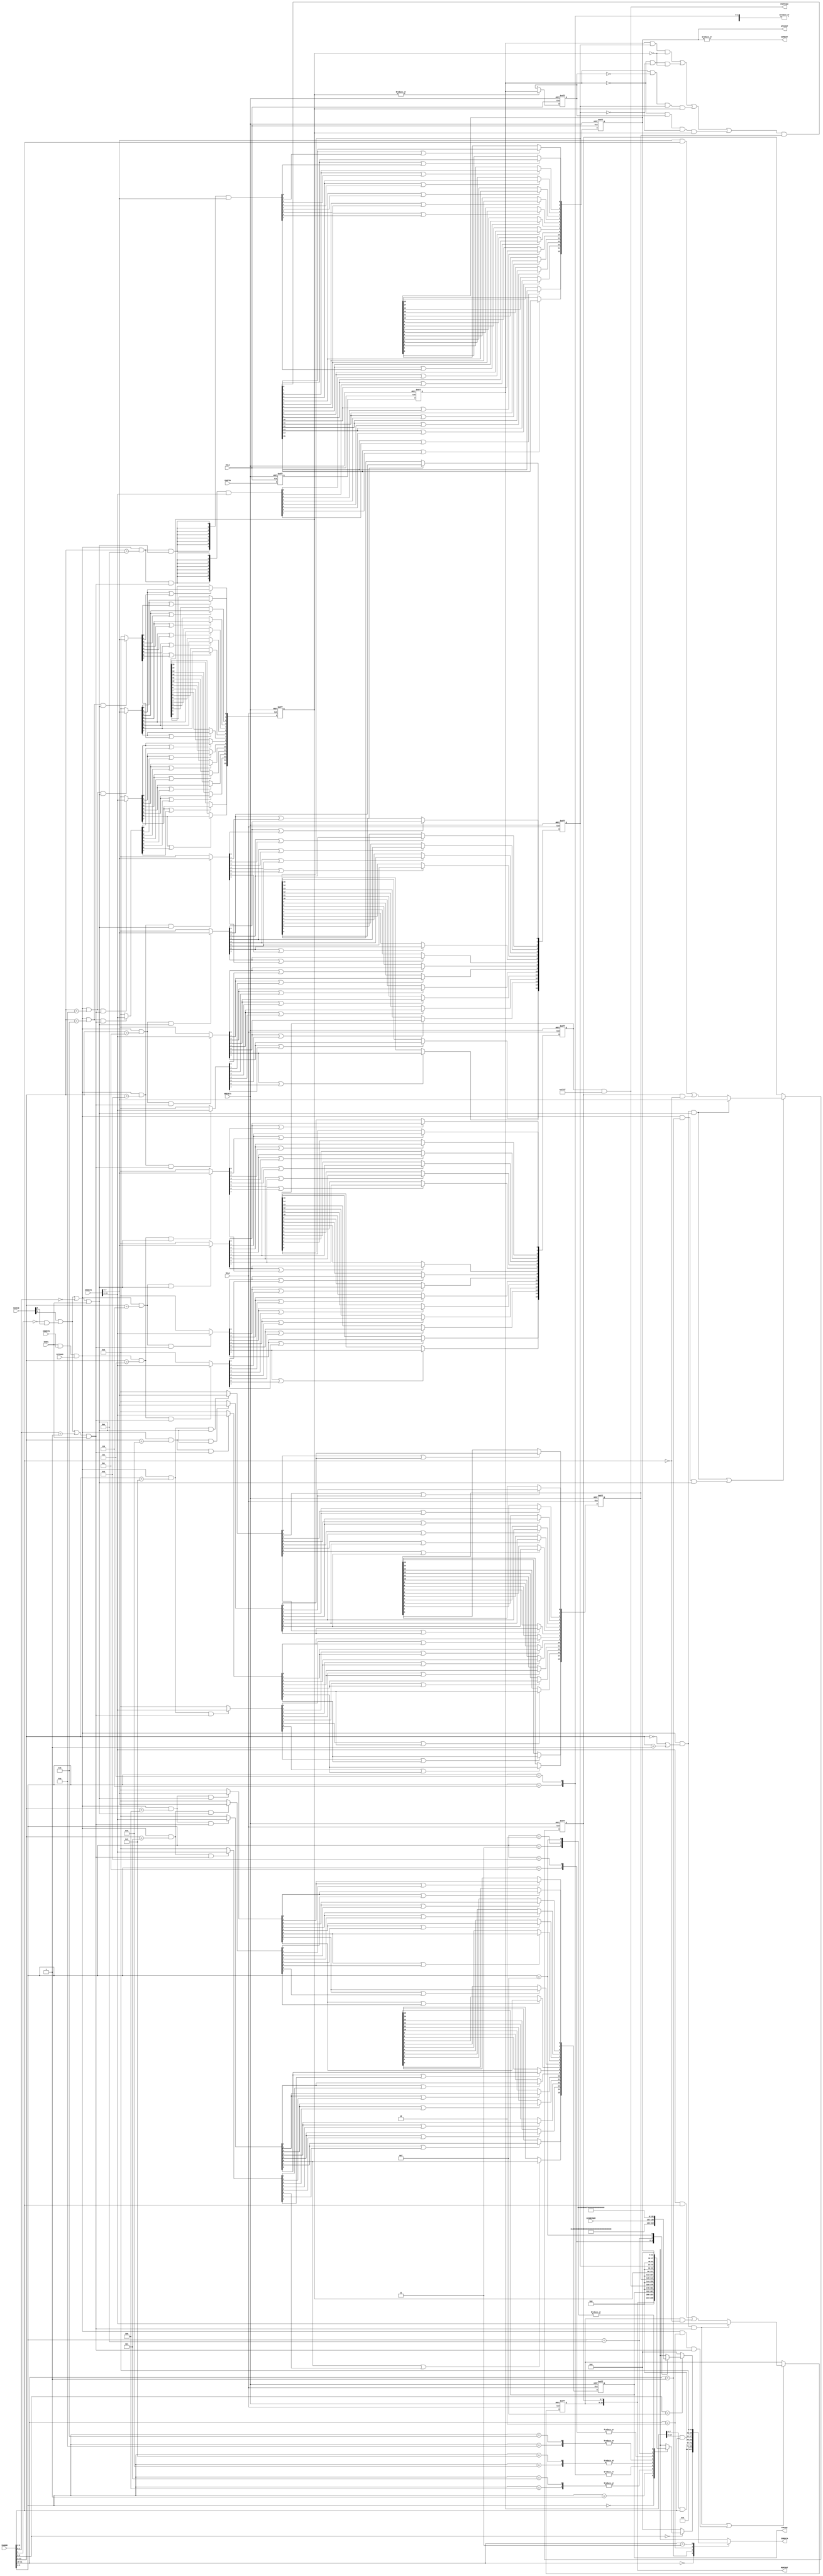
//------------------------------------------------------------------------------
// The confidential and proprietary information contained in this file may
// only be used by a person authorised under and to the extent permitted
// by a subsisting licensing agreement from ARM Limited.
//
//            (C) COPYRIGHT 2010-2015  ARM Limited or its affiliates.
//                ALL RIGHTS RESERVED
//
// This entire notice must be reproduced on all copies of this file
// and copies of this file may only be made by a person if such person is
// permitted to do so under the terms of a subsisting license agreement
// from ARM Limited.
//
//  Version and Release Control Information:
//
//  File Revision       : $Revision: 275084 $
//  File Date           : $Date: 2014-03-27 15:09:11 +0000 (Thu, 27 Mar 2014) $
//
//  Release Information : Cortex-M0 DesignStart-r1p0-00rel0
//------------------------------------------------------------------------------
// Verilog-2001 (IEEE Std 1364-2001)
//------------------------------------------------------------------------------
//
//-----------------------------------------------------------------------------
// Abstract : Simple IOP GPIO
//-----------------------------------------------------------------------------
//-------------------------------------
// Programmer's model
// -------------------------------
// 0x000 RW    Data
// 0x004 RW    Data Output latch
// 0x010 RW    Output Enable Set
// 0x014 RW    Output Enable Clear
// 0x018 RW    Alternate Function Set
// 0x01C RW    Alternate Function Clear
// 0x020 RW    Interrupt Enable Set
// 0x024 RW    Interrupt Enable Clear
// 0x028 RW    Interrupt Type Set
// 0x02C RW    Interrupt Type Clear
// 0x030 RW    Interrupt Polarity Set
// 0x034 RW    Interrupt Polarity Clear
// 0x038 R     Interrupt Status
//       W     Interrupt Status Clear
// 0x400 - 0x7FC : Byte 0 masked access
// 0x800 - 0xBFC : Byte 1 masked access
//-------------------------------------
module cmsdk_iop_gpio
 #(// Parameter to define valid bit pattern for Alternate functions
   // If an I/O pin does not have alternate function its function mask
   // can be set to 0 to reduce gate count.
   //
   // By default every bit can have alternate function
   parameter  ALTERNATE_FUNC_MASK = 16'hFFFF,

   // Default alternate function settings
   parameter  ALTERNATE_FUNC_DEFAULT = 16'h0000,

   // By default use little endian
   parameter  BE                  = 0
  )

// --------------------------------------------------------------------------
// Port Definitions
// --------------------------------------------------------------------------
  (// Inputs
   input wire                  FCLK,       // Free-running clock
   input wire                  HCLK,       // System clock
   input wire                  HRESETn,    // System reset
   input wire                  IOSEL,      // Decode for peripheral
   input wire  [11:0]          IOADDR,     // I/O transfer address
   input wire                  IOWRITE,    // I/O transfer direction
   input wire  [1:0]           IOSIZE,     // I/O transfer size
   input wire                  IOTRANS,    // I/O transaction
   input wire  [31:0]          IOWDATA,    // I/O write data bus

   input wire  [3:0]           ECOREVNUM,  // Engineering-change-order revision bits

   input wire  [15:0]          PORTIN,     // GPIO Interface input

   // Outputs
   output wire [31:0]          IORDATA,    // I/0 read data bus

   output wire [15:0]          PORTOUT,    // GPIO output
   output wire [15:0]          PORTEN,     // GPIO output enable
   output wire [15:0]          PORTFUNC,   // Alternate function control

   output wire [15:0]          GPIOINT,    // Interrupt output for each pin
   output wire                 COMBINT);   // Combined interrupt

// The GPIO width by default is 16-bit, but is coded in a way that it is
// easy to customise the width.
localparam  PortWidth                      = 16;
// Local parameter for IDs, IO PORT GPIO has part number of 820
localparam  ARM_CMSDK_IOP_GPIO_PID0        = {32'h00000020}; // 0xFE0 : PID 0 IOP GPIO part number[7:0]
localparam  ARM_CMSDK_IOP_GPIO_PID1        = {32'h000000B8}; // 0xFE4 : PID 1 [7:4] jep106_id_3_0. [3:0] part number [11:8]
localparam  ARM_CMSDK_IOP_GPIO_PID2        = {32'h0000001B}; // 0xFE8 : PID 2 [7:4] revision, [3] jedec_used. [2:0] jep106_id_6_4
localparam  ARM_CMSDK_IOP_GPIO_PID3        = {32'h00000000}; // 0xFEC : PID 3
localparam  ARM_CMSDK_IOP_GPIO_PID4        = {32'h00000004}; // 0xFD0 : PID 4
localparam  ARM_CMSDK_IOP_GPIO_PID5        = {32'h00000000}; // 0xFD4 : PID 5
localparam  ARM_CMSDK_IOP_GPIO_PID6        = {32'h00000000}; // 0xFD8 : PID 6
localparam  ARM_CMSDK_IOP_GPIO_PID7        = {32'h00000000}; // 0xFDC : PID 7
localparam  ARM_CMSDK_IOP_GPIO_CID0        = {32'h0000000D}; // 0xFF0 : CID 0
localparam  ARM_CMSDK_IOP_GPIO_CID1        = {32'h000000F0}; // 0xFF4 : CID 1 PrimeCell class
localparam  ARM_CMSDK_IOP_GPIO_CID2        = {32'h00000005}; // 0xFF8 : CID 2
localparam  ARM_CMSDK_IOP_GPIO_CID3        = {32'h000000B1}; // 0xFFC : CID 3
//    Note : Customer changing the design should modify
//          - jep106 value (www.jedec.org)
//          - part number (customer define)
//          - Optional revision and modification number (e.g. rXpY)

  // --------------------------------------------------------------------------
  // Internal wires
  // --------------------------------------------------------------------------

  reg    [31:0]          read_mux;
  reg    [31:0]          read_mux_le;

  // Signals for Control registers
  wire   [31:0]          reg_datain32;
  wire   [PortWidth-1:0] reg_datain;
  wire   [PortWidth-1:0] reg_dout;
  wire   [PortWidth-1:0] reg_douten;
  wire   [PortWidth-1:0] reg_altfunc;
  wire   [PortWidth-1:0] reg_inten;    // Interrupt enable
  wire   [PortWidth-1:0] reg_inttype;  // Interrupt edge(1)/level(0)
  wire   [PortWidth-1:0] reg_intpol;   // Interrupt active level
  wire   [PortWidth-1:0] reg_intstat;  // interrupt status

  // interrupt signals
  wire   [PortWidth-1:0] new_raw_int;

  wire                   bigendian;
  reg    [31:0]          IOWDATALE; // Little endian version of IOWDATA

  // Detect a valid write to this slave
  wire        write_trans  = IOSEL & IOWRITE & IOTRANS;

  wire  [1:0] iop_byte_strobe;

  assign bigendian = (BE!=0) ? 1'b1 : 1'b0;

  // Generate byte strobes to allow the GPIO registers to handle different transfer sizes
  assign iop_byte_strobe[0] = (IOSIZE[1] | ((IOADDR[1]==1'b0) & IOSIZE[0]) | (IOADDR[1:0]==2'b00)) & IOSEL;
  assign iop_byte_strobe[1] = (IOSIZE[1] | ((IOADDR[1]==1'b0) & IOSIZE[0]) | (IOADDR[1:0]==2'b01)) & IOSEL;

  // Read operation
  always @(IOADDR or reg_datain32 or reg_dout or reg_douten or
    reg_altfunc or reg_inten or reg_inttype or reg_intpol or
    reg_intstat or ECOREVNUM)
  begin
  case (IOADDR[11:10])
    2'b00: begin
           if (IOADDR[9:6]==4'h0)
             case (IOADDR[5:2])
              4'h0      : read_mux_le = reg_datain32;
              4'h1      : read_mux_le = {{32-PortWidth{1'b0}}, reg_dout};
              4'h2, 4'h3: read_mux_le = {32{1'b0}};
              4'h4, 4'h5: read_mux_le = {{32-PortWidth{1'b0}}, reg_douten };
              4'h6, 4'h7: read_mux_le = {{32-PortWidth{1'b0}}, reg_altfunc};
              4'h8, 4'h9: read_mux_le = {{32-PortWidth{1'b0}}, reg_inten  };
              4'hA, 4'hB: read_mux_le = {{32-PortWidth{1'b0}}, reg_inttype};
              4'hC, 4'hD: read_mux_le = {{32-PortWidth{1'b0}}, reg_intpol };
              4'hE      : read_mux_le = {{32-PortWidth{1'b0}}, reg_intstat};
              4'hF      : read_mux_le = {32{1'b0}};
              default: read_mux_le = {32{1'bx}}; // X-propagation if address is X
             endcase
           else
             read_mux_le = {32{1'b0}};
           end
    2'b01: begin
           // lower byte mask read
           read_mux_le = {{24{1'b0}}, (reg_datain32[7:0] & IOADDR[9:2])};
           end
    2'b10: begin
           // upper byte mask read
           read_mux_le = {{16{1'b0}}, (reg_datain32[15:8] & IOADDR[9:2]), {8{1'b0}}};
           end
    2'b11: begin
           if (IOADDR[9:6]==4'hF) // Peripheral IDs and Component IDs.
             case (IOADDR[5:2])   // IOP GPIO has part number of 820
              4'h0, 4'h1,
              4'h2, 4'h3: read_mux_le = {32{1'b0}};   // 0xFC0-0xFCC : not used
              4'h4      : read_mux_le = ARM_CMSDK_IOP_GPIO_PID4; // 0xFD0 : PID 4
              4'h5      : read_mux_le = ARM_CMSDK_IOP_GPIO_PID5; // 0xFD4 : PID 5
              4'h6      : read_mux_le = ARM_CMSDK_IOP_GPIO_PID6; // 0xFD8 : PID 6
              4'h7      : read_mux_le = ARM_CMSDK_IOP_GPIO_PID7; // 0xFDC : PID 7
              4'h8      : read_mux_le = ARM_CMSDK_IOP_GPIO_PID0; // 0xFE0 : PID 0 AHB GPIO part number[7:0]
              4'h9      : read_mux_le = ARM_CMSDK_IOP_GPIO_PID1;
                          // 0xFE0 : PID 1 [7:4] jep106_id_3_0. [3:0] part number [11:8]
              4'hA      : read_mux_le = ARM_CMSDK_IOP_GPIO_PID2;
                          // 0xFE0 : PID 2 [7:4] revision, [3] jedec_used. [2:0] jep106_id_6_4
              4'hB      : read_mux_le = {ARM_CMSDK_IOP_GPIO_PID3[31:8],ECOREVNUM[3:0], 4'h0};
                          // 0xFE0  PID 3 [7:4] ECO revision, [3:0] modification number
              4'hC      : read_mux_le = ARM_CMSDK_IOP_GPIO_CID0; // 0xFF0 : CID 0
              4'hD      : read_mux_le = ARM_CMSDK_IOP_GPIO_CID1; // 0xFF4 : CID 1 PrimeCell class
              4'hE      : read_mux_le = ARM_CMSDK_IOP_GPIO_CID2; // 0xFF8 : CID 2
              4'hF      : read_mux_le = ARM_CMSDK_IOP_GPIO_CID3; // 0xFFC : CID 3
              default: read_mux_le = {32{1'bx}}; // X-propagation if address is X
             endcase
           // Note : Customer changing the design should modify
           // - jep106 value (www.jedec.org)
           // - part number (customer define)
           // - Optional revision and modification number (e.g. rXpY)
           else
             read_mux_le = {32{1'b0}};
           end
    default: begin
           read_mux_le = {32{1'bx}}; // X-propagation if address is X
           end
  endcase
  end

  // endian conversion
  always @(bigendian or IOSIZE or read_mux_le or IOWDATA)
  begin
    if ((bigendian)&(IOSIZE==2'b10))
      begin
      read_mux = {read_mux_le[ 7: 0],read_mux_le[15: 8],
                  read_mux_le[23:16],read_mux_le[31:24]};
      IOWDATALE = {IOWDATA[ 7: 0],IOWDATA[15: 8],IOWDATA[23:16],IOWDATA[ 31:24]};
      end
    else if ((bigendian)&(IOSIZE==2'b01))
      begin
      read_mux = {read_mux_le[23:16],read_mux_le[31:24],
                  read_mux_le[ 7: 0],read_mux_le[15: 8]};
      IOWDATALE = {IOWDATA[23:16],IOWDATA[ 31:24],IOWDATA[ 7: 0],IOWDATA[15: 8]};
      end
    else
      begin
      read_mux = read_mux_le;
      IOWDATALE = IOWDATA;
      end
  end

  // ----------------------------------------------------------
  // Synchronize input with double stage flip-flops
  // ----------------------------------------------------------
  // Signals for input double flop-flop synchroniser
  reg    [PortWidth-1:0] reg_in_sync1;
  reg    [PortWidth-1:0] reg_in_sync2;

  always @(posedge FCLK or negedge HRESETn)
  begin
    if (~HRESETn)
      begin
      reg_in_sync1 <= {PortWidth{1'b0}};
      reg_in_sync2 <= {PortWidth{1'b0}};
      end
    else
      begin
      reg_in_sync1 <= PORTIN;
      reg_in_sync2 <= reg_in_sync1;
      end
  end

  assign reg_datain = reg_in_sync2;
  // format to 32-bit for data read
  assign reg_datain32 = {{32-PortWidth{1'b0}},reg_datain};

  // ----------------------------------------------------------
  // Data Output register
  // ----------------------------------------------------------
  wire [32:0] current_dout_padded;
  wire [PortWidth-1:0] nxt_dout_padded;
  reg  [PortWidth-1:0] reg_dout_padded;
  wire        reg_dout_normal_write0;
  wire        reg_dout_normal_write1;
  wire        reg_dout_masked_write0;
  wire        reg_dout_masked_write1;

  assign      reg_dout_normal_write0 = write_trans &
              ((IOADDR[11:2]  == 10'h000)|(IOADDR[11:2]  == 10'h001)) & iop_byte_strobe[0];
  assign      reg_dout_normal_write1 = write_trans &
              ((IOADDR[11:2]  == 10'h000)|(IOADDR[11:2]  == 10'h001)) & iop_byte_strobe[1];
  assign      reg_dout_masked_write0 = write_trans &
              (IOADDR[11:10] == 2'b01) & iop_byte_strobe[0];
  assign      reg_dout_masked_write1 = write_trans &
              (IOADDR[11:10] == 2'b10) & iop_byte_strobe[1];

  // padding to 33-bit for easier coding
  assign current_dout_padded = {{(33-PortWidth){1'b0}},reg_dout};

  // byte #0
  assign nxt_dout_padded[7:0] = // simple write
     (reg_dout_normal_write0) ? IOWDATALE[7:0] :
     // write lower byte with bit mask
     ((IOWDATALE[7:0] & IOADDR[9:2])|(current_dout_padded[7:0] & (~(IOADDR[9:2]))));

  // byte #0 registering stage
  always @(posedge HCLK or negedge HRESETn)
  begin
    if (~HRESETn)
      reg_dout_padded[7:0] <= 8'h00;
    else if (reg_dout_normal_write0 | reg_dout_masked_write0)
      reg_dout_padded[7:0] <= nxt_dout_padded[7:0];
  end

  // byte #1
  assign nxt_dout_padded[15:8] = // simple write
     (reg_dout_normal_write1) ? IOWDATALE[15:8] :
     // write higher byte with bit mask
     ((IOWDATALE[15:8] & IOADDR[9:2])|(current_dout_padded[15:8] & (~(IOADDR[9:2]))));

  // byte #1 registering stage
  always @(posedge HCLK or negedge HRESETn)
  begin
    if (~HRESETn)
      reg_dout_padded[15:8] <= 8'h00;
    else if (reg_dout_normal_write1 | reg_dout_masked_write1)
      reg_dout_padded[15:8] <= nxt_dout_padded[15:8];
  end

  assign reg_dout[PortWidth-1:0] = reg_dout_padded[PortWidth-1:0];


  // ----------------------------------------------------------
  // Output enable register
  // ----------------------------------------------------------

  reg     [PortWidth-1:0] reg_douten_padded;
  integer                 loop1;              // loop variable for register
  wire    [PortWidth-1:0] reg_doutenclr;
  wire    [PortWidth-1:0] reg_doutenset;


  assign    reg_doutenset[7:0]   = ((write_trans == 1'b1) & (IOADDR[11:2]  == 10'h004)
                                   & (iop_byte_strobe[0] == 1'b1)) ?  IOWDATALE[7:0] : {8{1'b0}};

  assign    reg_doutenset[15:8]  = ((write_trans == 1'b1) & (IOADDR[11:2]  == 10'h004)
                                   & (iop_byte_strobe[1] == 1'b1)) ? IOWDATALE[15:8] : {8{1'b0}};

  assign    reg_doutenclr[7:0]   = ((write_trans == 1'b1) & (IOADDR[11:2]  == 10'h005)
                                   & (iop_byte_strobe[0] == 1'b1)) ? IOWDATALE[7:0] : {8{1'b0}};

  assign    reg_doutenclr[15:8]  = ((write_trans == 1'b1) & (IOADDR[11:2]  == 10'h005)
                                   & (iop_byte_strobe[1] == 1'b1)) ? IOWDATALE[15:8] : {8{1'b0}};


  // registering stage
  always @(posedge HCLK or negedge HRESETn)
  begin
    if (~HRESETn)
      reg_douten_padded <= {PortWidth{1'b0}};
    else
      for (loop1 = 0; loop1 < PortWidth; loop1 = loop1 + 1)
      begin
        if (reg_doutenset[loop1] | reg_doutenclr[loop1])
          reg_douten_padded[loop1] <= reg_doutenset[loop1];
      end
  end

  assign reg_douten[PortWidth-1:0] = reg_douten_padded[PortWidth-1:0];


  // ----------------------------------------------------------
  // Alternate function register
  // ----------------------------------------------------------


  reg  [PortWidth-1:0] reg_altfunc_padded;
  integer              loop2;              // loop variable for register
  wire [PortWidth-1:0] reg_altfuncset;
  wire [PortWidth-1:0] reg_altfuncclr;

  assign  reg_altfuncset[7:0]  =  ((write_trans == 1'b1) & (IOADDR[11:2]  == 10'h006)
                                  & (iop_byte_strobe[0] == 1'b1)) ? IOWDATALE[7:0] : {8{1'b0}};

  assign  reg_altfuncset[15:8] =  ((write_trans == 1'b1) & (IOADDR[11:2]  == 10'h006)
                                  & (iop_byte_strobe[1] == 1'b1)) ? IOWDATALE[15:8] : {8{1'b0}};

  assign  reg_altfuncclr[7:0]  =  ((write_trans  == 1'b1) & (IOADDR[11:2]  == 10'h007)
                                  & (iop_byte_strobe[0] == 1'b1)) ? IOWDATALE[7:0] : {8{1'b0}};

  assign  reg_altfuncclr[15:8] =  ((write_trans  == 1'b1) & (IOADDR[11:2]  == 10'h007)
                                  & (iop_byte_strobe[1] == 1'b1)) ? IOWDATALE[15:8] : {8{1'b0}};


  // registering stage
  always @(posedge HCLK or negedge HRESETn)
  begin
    if (~HRESETn)
      reg_altfunc_padded <= ALTERNATE_FUNC_DEFAULT;
    else
      for(loop2 = 0; loop2 < PortWidth; loop2 = loop2 + 1)
    begin
        if (reg_altfuncset[loop2] | reg_altfuncclr[loop2])
          reg_altfunc_padded[loop2] <= reg_altfuncset[loop2];
      end
  end

  assign reg_altfunc[PortWidth-1:0] = reg_altfunc_padded[PortWidth-1:0] & ALTERNATE_FUNC_MASK;


  // ----------------------------------------------------------
  // Interrupt enable register
  // ----------------------------------------------------------

  reg  [PortWidth-1:0] reg_inten_padded;
  integer              loop3;              // loop variable for register
  wire [PortWidth-1:0] reg_intenset;
  wire [PortWidth-1:0] reg_intenclr;

  assign  reg_intenset[7:0]    =   ((write_trans  == 1'b1) & (IOADDR[11:2]  == 10'h008)
                                   & (iop_byte_strobe[0] == 1'b1)) ? IOWDATALE[7:0] : {8{1'b0}};

  assign  reg_intenset[15:8]   =  ((write_trans  == 1'b1) & (IOADDR[11:2]  == 10'h008)
                                  & (iop_byte_strobe[1] == 1'b1)) ? IOWDATALE[15:8] : {8{1'b0}};

  assign  reg_intenclr[7:0]    =  ((write_trans  == 1'b1) & (IOADDR[11:2]  == 10'h009)
                                  & (iop_byte_strobe[0] == 1'b1)) ? IOWDATALE[7:0] : {8{1'b0}};

  assign  reg_intenclr[15:8]   =  ((write_trans  == 1'b1) & (IOADDR[11:2]  == 10'h009)
                                  & (iop_byte_strobe[1] == 1'b1)) ? IOWDATALE[15:8] : {8{1'b0}};


  // registering stage
  always @(posedge HCLK or negedge HRESETn)
  begin
    if (~HRESETn)
      reg_inten_padded <= {PortWidth{1'b0}};
    else
      for(loop3 = 0; loop3 < PortWidth; loop3 = loop3 + 1)
      begin
        if (reg_intenclr[loop3] | reg_intenset[loop3])
        reg_inten_padded[loop3] <= reg_intenset[loop3];
      end
  end

  assign reg_inten[PortWidth-1:0] = reg_inten_padded[PortWidth-1:0];


  // ----------------------------------------------------------
  // Interrupt Type register
  // ----------------------------------------------------------

  reg  [PortWidth-1:0] reg_inttype_padded;
  integer              loop4;              // loop variable for register
  wire [PortWidth-1:0] reg_inttypeset;
  wire [PortWidth-1:0] reg_inttypeclr;

  assign  reg_inttypeset[7:0]  =  ((write_trans  == 1'b1) & (IOADDR[11:2]  == 10'h00A)
                                  & (iop_byte_strobe[0] == 1'b1)) ? IOWDATALE[7:0] : {8{1'b0}};

  assign  reg_inttypeset[15:8] =  ((write_trans  == 1'b1) & (IOADDR[11:2]  == 10'h00A)
                                  & (iop_byte_strobe[1] == 1'b1)) ? IOWDATALE[15:8] : {8{1'b0}};

  assign  reg_inttypeclr[7:0]  =  ((write_trans  == 1'b1) & (IOADDR[11:2]  == 10'h00B)
                                  & (iop_byte_strobe[0] == 1'b1)) ? IOWDATALE[7:0] : {8{1'b0}};

  assign  reg_inttypeclr[15:8] =  ((write_trans  == 1'b1) & (IOADDR[11:2]  == 10'h00B)
                                  & (iop_byte_strobe[1] == 1'b1)) ? IOWDATALE[15:8] : {8{1'b0}};


  // registering stage
  always @(posedge HCLK or negedge HRESETn)
  begin
    if (~HRESETn)
      reg_inttype_padded <= {PortWidth{1'b0}};
    else
    for(loop4 = 0; loop4 < PortWidth; loop4 = loop4 + 1)
    begin
      if (reg_inttypeset[loop4] | reg_inttypeclr[loop4])
        reg_inttype_padded[loop4] <= reg_inttypeset[loop4];
      end
  end

  assign reg_inttype[PortWidth-1:0] = reg_inttype_padded[PortWidth-1:0];


  // ----------------------------------------------------------
  // Interrupt Polarity register
  // ----------------------------------------------------------


  reg  [PortWidth-1:0] reg_intpol_padded;
  integer              loop5;              // loop variable for register
  wire [PortWidth-1:0] reg_intpolset;
  wire [PortWidth-1:0] reg_intpolclr;

  assign  reg_intpolset[7:0]   =  ((write_trans  == 1'b1) & (IOADDR[11:2]  == 10'h00C)
                                  & (iop_byte_strobe[0] == 1'b1)) ? IOWDATALE[7:0] : {8{1'b0}};

  assign  reg_intpolset[15:8]  =  ((write_trans  == 1'b1) & (IOADDR[11:2]  == 10'h00C)
                                  & (iop_byte_strobe[1] == 1'b1)) ? IOWDATALE[15:8] : {8{1'b0}};

  assign  reg_intpolclr[7:0]   =  ((write_trans  == 1'b1) & (IOADDR[11:2]  == 10'h00D)
                                  & (iop_byte_strobe[0] == 1'b1)) ? IOWDATALE[7:0] : {8{1'b0}};

  assign  reg_intpolclr[15:8]  =  ((write_trans  == 1'b1) & (IOADDR[11:2]  == 10'h00D)
                                  & (iop_byte_strobe[1] == 1'b1)) ? IOWDATALE[15:8] : {8{1'b0}};

  // registering stage
  always @(posedge HCLK or negedge HRESETn)
  begin
    if (~HRESETn)
      reg_intpol_padded <= {PortWidth{1'b0}};
    else
    for(loop5 = 0; loop5 < PortWidth; loop5 = loop5 + 1)
      begin
      if (reg_intpolset[loop5] | reg_intpolclr[loop5])
          reg_intpol_padded[loop5] <= reg_intpolset[loop5];
      end
  end

  assign reg_intpol[PortWidth-1:0] = reg_intpol_padded[PortWidth-1:0];


  // ----------------------------------------------------------
  // Interrupt status/clear register
  // ----------------------------------------------------------

  reg  [PortWidth-1:0]  reg_intstat_padded;
  integer               loop6;              // loop variable for register
  wire [PortWidth-1:0]  reg_intclr_padded;
  wire                  reg_intclr_normal_write0;
  wire                  reg_intclr_normal_write1;

  wire [PortWidth-1:0]  new_masked_int;

  assign      reg_intclr_normal_write0 = write_trans &
              (IOADDR[11:2]  == 10'h00E) & iop_byte_strobe[0];
  assign      reg_intclr_normal_write1 = write_trans &
              (IOADDR[11:2]  == 10'h00E) & iop_byte_strobe[1];

  assign      reg_intclr_padded[ 7:0] = {8{reg_intclr_normal_write0}} & IOWDATALE[ 7:0];
  assign      reg_intclr_padded[15:8] = {8{reg_intclr_normal_write1}} & IOWDATALE[15:8];

  assign      new_masked_int[PortWidth-1:0] = new_raw_int[PortWidth-1:0] & reg_inten[PortWidth-1:0];

  // registering stage
  always @(posedge FCLK or negedge HRESETn)
  begin
    if (~HRESETn)
      reg_intstat_padded <= {PortWidth{1'b0}};
    else
      for (loop6=0;loop6<PortWidth;loop6=loop6+1)
        begin
        if (new_masked_int[loop6] | reg_intclr_padded[loop6])
          reg_intstat_padded[loop6] <= new_masked_int[loop6];
        end
  end

  assign reg_intstat[PortWidth-1:0] = reg_intstat_padded[PortWidth-1:0];

  // ----------------------------------------------------------
  // Interrupt generation
  // ----------------------------------------------------------
  // reg_datain is the synchronized input

  reg   [PortWidth-1:0] reg_last_datain; // last state of synchronized input
  wire  [PortWidth-1:0] high_level_int;
  wire  [PortWidth-1:0] low_level_int;
  wire  [PortWidth-1:0] rise_edge_int;
  wire  [PortWidth-1:0] fall_edge_int;

  // Last input state for edge detection
  always @(posedge FCLK or negedge HRESETn)
  begin
    if (~HRESETn)
      reg_last_datain <= {PortWidth{1'b0}};
    else  if (|reg_inttype)
      reg_last_datain <= reg_datain;
  end

  assign high_level_int =   reg_datain  &                        reg_intpol  & (~reg_inttype);
  assign low_level_int  = (~reg_datain) &                      (~reg_intpol) & (~reg_inttype);
  assign rise_edge_int  =   reg_datain  & (~reg_last_datain) &   reg_intpol  &   reg_inttype;
  assign fall_edge_int  = (~reg_datain) &   reg_last_datain  & (~reg_intpol) &   reg_inttype;
  assign new_raw_int    = high_level_int | low_level_int | rise_edge_int | fall_edge_int;

  // ----------------------------------------------------------
  // Output to external
  // ----------------------------------------------------------
  assign PORTOUT = reg_dout;
  assign PORTEN  = reg_douten;
  assign PORTFUNC = reg_altfunc;

  assign IORDATA   = read_mux;

  // Connect interrupt signal to top level
  assign GPIOINT = reg_intstat;
  assign COMBINT = (|reg_intstat);

 // --------------------------------------------------------------------------------
 // Assertion properties
 // --------------------------------------------------------------------------------

`ifdef ARM_AHB_ASSERT_ON
`include "std_ovl_defines.h"

  // OVL Registers for the IOADDR and control signals
  reg[11:0]    ovl_ioaddr_d;
  reg          ovl_iotrans_d;
  reg[1:0]     ovl_iosize_d;

  // OVL Registers for internal GPIO registers
  reg[PortWidth-1:0]    ovl_reg_douten_d;
  reg[PortWidth-1:0]    ovl_reg_altfunc_d;
  reg[PortWidth-1:0]    ovl_reg_inten_d;
  reg[PortWidth-1:0]    ovl_reg_inttype_d;
  reg[PortWidth-1:0]    ovl_reg_intpol_d;
  reg[PortWidth-1:0]    ovl_reg_intstat_d;

  reg                   ovl_reg_intclr_write1_d;
  reg                   ovl_reg_intclr_write0_d;
  wire[PortWidth-1:0]   ovl_reg_intclr_wr_d_msk;

  reg[PortWidth-1:0]    ovl_iowdata_d;      //Update based on HCLK
  reg[PortWidth-1:0]    ovl_iowdata_fclk_d; //Update based on FCLK
  reg[31:0]             ovl_iowdatale;

  reg[PortWidth-1:0]    ovl_portout_d;

  reg [1:0]             ovl_iop_byte_strobe_d;

  reg[PortWidth-1:0]    ovl_new_masked_int_d;

  wire         ovl_gpio_wr =(IOSEL == 1'b1) & (IOTRANS) & (IOWRITE ==1'b1);
  wire         ovl_gpio_rd =(IOSEL == 1'b1) & (IOTRANS) & (IOWRITE ==1'b0);

  // Register the internal register value
  always @(posedge HCLK or negedge HRESETn)
  begin
    if (~HRESETn) begin
      ovl_reg_douten_d  <= {PortWidth{1'b0}};
      ovl_reg_altfunc_d <= {PortWidth{1'b0}};
      ovl_reg_inten_d   <= {PortWidth{1'b0}};
      ovl_reg_inttype_d <= {PortWidth{1'b0}};
      ovl_reg_intpol_d  <= {PortWidth{1'b0}};
    end
    else begin
      ovl_reg_douten_d  <= reg_douten;
      ovl_reg_altfunc_d <= reg_altfunc;
      ovl_reg_inten_d   <= reg_inten;
      ovl_reg_inttype_d <= reg_inttype;
      ovl_reg_intpol_d  <= reg_intpol;
    end
  end

  // Register the int state register related signals
  always @ (posedge FCLK or negedge HRESETn)
  begin
    if (~HRESETn) begin
       ovl_reg_intstat_d <= {PortWidth{1'b0}};
       ovl_reg_intclr_write1_d <= 1'b0;
       ovl_reg_intclr_write0_d <= 1'b0;
    end
    else begin
       ovl_reg_intstat_d <= reg_intstat;
       ovl_reg_intclr_write1_d <= reg_intclr_normal_write1;
       ovl_reg_intclr_write0_d <= reg_intclr_normal_write0;
    end
  end

  assign   ovl_reg_intclr_wr_d_msk =  {{8{ovl_reg_intclr_write1_d}},{8{ovl_reg_intclr_write0_d}}};

  // Register the write data
  always @(posedge HCLK or negedge HRESETn)
  begin
    if (~HRESETn)
      ovl_iowdata_d <= {PortWidth{1'b0}};
    else if (ovl_gpio_wr)
      ovl_iowdata_d <= ovl_iowdatale[PortWidth-1:0];
  end

  // Register the write data using FCLK, for interrupt state register assertion
  always @(posedge FCLK or negedge HRESETn)
  begin
    if (~HRESETn)
      ovl_iowdata_fclk_d <= {PortWidth{1'b0}};
    else if (ovl_gpio_wr)
      ovl_iowdata_fclk_d <= ovl_iowdatale[PortWidth-1:0];
  end

 // Register the IO Port control signals
 always @(posedge HCLK or negedge HRESETn)
  begin
    if (~HRESETn) begin
      ovl_ioaddr_d  <= 12'b0;
      ovl_iotrans_d <= 1'b0;
      ovl_iosize_d  <= 2'b0;
    end
    else begin
      ovl_ioaddr_d  <= IOADDR;
      ovl_iotrans_d <= IOTRANS;
      ovl_iosize_d  <= IOSIZE[1:0];
    end
  end

  // IOWDATA endian conversion
  always @(bigendian or IOSIZE or IOWDATA)
  begin
    if ((bigendian)&(IOSIZE==2'b10))
      begin
      ovl_iowdatale = {IOWDATA[ 7: 0],IOWDATA[15: 8],IOWDATA[23:16],IOWDATA[ 31:24]};
      end
    else if ((bigendian)&(IOSIZE==2'b01))
      begin
      ovl_iowdatale = {IOWDATA[23:16],IOWDATA[ 31:24],IOWDATA[ 7: 0],IOWDATA[15: 8]};
      end
    else
      begin
      ovl_iowdatale = IOWDATA;
      end
  end

  // Register the data output
  always @(posedge HCLK or negedge HRESETn)
  begin
    if (~HRESETn) begin
      ovl_portout_d  <= {PortWidth{1'b0}};
    end
    else begin
      ovl_portout_d <= PORTOUT;
    end
  end

 // Register the byte_strobe signal
 always @(posedge HCLK or negedge HRESETn)
  begin
    if (~HRESETn) begin
       ovl_iop_byte_strobe_d  <= 2'b0;
    end
    else begin
       ovl_iop_byte_strobe_d  <= iop_byte_strobe;
    end
  end

  wire[15:0] ovl_iop_byte_strobe_d_msk ={{8{ovl_iop_byte_strobe_d[1]}},{8{ovl_iop_byte_strobe_d[0]}}};

 // Register the int signal
 always @(posedge FCLK or negedge HRESETn)
  begin
    if (~HRESETn) begin
        ovl_new_masked_int_d <= {PortWidth{1'b0}};
    end
    else begin
        ovl_new_masked_int_d <= new_masked_int;
    end
  end


  // Check after asserting I/O write, the GPIO output should be valid in the next cycle.
  // Depending on the write type (normal or mask), the output data is checked against
  // the ovl_iowdata_d

  // For normal write, lower 8 bits
  assert_next
  #(`OVL_ERROR, 1,1,0,
    `OVL_ASSERT,
    "Write data should be valid on output 1 cycle after IOP write transaction"
    )
  u_ovl_gpio_write_delay_low
  (.clk         ( HCLK ),
   .reset_n     (HRESETn),
   .start_event (ovl_gpio_wr  &  //write operation
                 ((IOADDR[11:2]==10'h000) | (IOADDR[11:2]==10'h001)) & //data register, normal write
                 iop_byte_strobe[0] //lower 8 bits
                 ),
   .test_expr   (
                 PORTOUT[7:0] == ovl_iowdata_d[7:0]
                 )
   );

  // For normal write, higher 8 bits
  assert_next
  #(`OVL_ERROR, 1,1,0,
    `OVL_ASSERT,
    "Write data should be valid on output 1 cycle after IOP write transaction"
    )
  u_ovl_gpio_write_delay_high
  (.clk         ( HCLK ),
   .reset_n     (HRESETn),
   .start_event (ovl_gpio_wr &  //write operation
                 ((IOADDR[11:2]==10'h000) | (IOADDR[11:2]==10'h001)) & //data register, normal write
                 iop_byte_strobe[1] //higher 8 bits
                 ),
   .test_expr   (
                 PORTOUT[15:8] == ovl_iowdata_d[15:8]
                 )
   );

  // For normal write, 16 bits
  assert_next
  #(`OVL_ERROR, 1,1,0,
    `OVL_ASSERT,
    "Write data should be valid on output 1 cycle after IOP write transaction"
    )
  u_ovl_gpio_write_delay_both
  (.clk         ( HCLK ),
   .reset_n     (HRESETn),
   .start_event (ovl_gpio_wr &  //write operation
                 ((IOADDR[11:2]==10'h000) | (IOADDR[11:2]==10'h001)) & //data register, normal write
                 iop_byte_strobe[0] &//lower 8 bits
                 iop_byte_strobe[1]  //higher 8 bits
                 ),
   .test_expr   (
                 PORTOUT[15:0] == ovl_iowdata_d[15:0]
                 )
   );

  // For mask write, lower 8 bits
  assert_next
  #(`OVL_ERROR, 1,1,0,
    `OVL_ASSERT,
    "Write data should be valid on output 1 cycle after IOP write transaction"
    )
  u_ovl_gpio_write_delay_msk_low
  (.clk         ( HCLK ),
   .reset_n     (HRESETn),
   .start_event (ovl_gpio_wr &  //write operation
                 (IOADDR[11:10]==2'b01)  & //data register, mask write, lower 8 bit
                 iop_byte_strobe[0] //lower 8 bits
                 ),
   .test_expr   (
                 PORTOUT[7:0] == ((ovl_iowdata_d[7:0] & ovl_ioaddr_d[9:2]) |(PORTOUT[7:0] & (~ovl_ioaddr_d[9:2])))
                 )
   );

  // For mask write, higher 8 bits
  assert_next
  #(`OVL_ERROR, 1,1,0,
    `OVL_ASSERT,
    "Write data should be valid on output 1 cycle after IOP write transaction"
    )
  u_ovl_gpio_write_delay_msk_high
  (.clk         ( HCLK ),
   .reset_n     (HRESETn),
   .start_event (ovl_gpio_wr &  //write operation
                 (IOADDR[11:10]==2'b10)  & //data register, mask write, higher 8 bit
                 iop_byte_strobe[1] //higher 8 bits
                 ),
   .test_expr   (
                 PORTOUT[15:8] == ((ovl_iowdata_d[15:8] & ovl_ioaddr_d[9:2]) |(PORTOUT[15:8] & (~ovl_ioaddr_d[9:2])))
                 )
   );

  // Check MASK read at address 0x400
  assert_implication
  #(
    .severity_level (`OVL_ERROR),
    .property_type  (`OVL_ASSERT),
    .msg            ("Read data from 0x400 will be 0")
    )
  u_ovl_iop_gpio_mask_read_0x400
  (.clk             ( HCLK ),
   .reset_n         (HRESETn),
   .antecedent_expr (ovl_gpio_rd &  //read operation
                    (IOADDR[11:0]==12'h400)  // mask read
                    ),
   .consequent_expr (IORDATA == 32'h00000000)
   );

  // Check MASK read at address 0x800
  assert_implication
  #(
    .severity_level (`OVL_ERROR),
    .property_type  (`OVL_ASSERT),
    .msg            ("Read data from 0x800 will be 0")
    )
  u_ovl_iop_gpio_mask_read_0x800
  (.clk             ( HCLK ),
   .reset_n         (HRESETn),
   .antecedent_expr (ovl_gpio_rd &  //read operation
                    (IOADDR[11:0]==12'h800)  // mask read
                    ),
   .consequent_expr (IORDATA == 32'h00000000)
   );

  // COMBINT check
  assert_implication
  #(
    .severity_level (`OVL_ERROR),
    .property_type  (`OVL_ASSERT),
    .msg            ("COMBINT must be valid when GPIOINT is not equal to 0")
    )
  u_ovl_iop_gpio_comb_int_gen
  (.clk             (FCLK),
   .reset_n         (HRESETn),
   .antecedent_expr ((|GPIOINT) != 1'b0 ),
   .consequent_expr (COMBINT == 1'b1)
   );

  // Interrupt will not be generate if all the interrupt enable bits is cleared
  assert_next
  #(`OVL_ERROR, 1,1,0,
    `OVL_ASSERT,
    "Interrupt will not be generated if all the interrupt enable bits are cleared"
    )
  u_ovl_iop_gpio_int_enable
  (.clk         ( FCLK ),
   .reset_n     (HRESETn),
   .start_event ((reg_inten == 16'b0) & (COMBINT ==1'b0)
                 ),
   .test_expr   (
                 COMBINT == 1'b0
                 )
   );

  // Check register set command: OUTENSET register
  assert_next
  #(`OVL_ERROR, 1,1,0,
    `OVL_ASSERT,
    "write 1 to SET the register bit"
    )
  u_ovl_iop_gpio_set_reg_douten
  (.clk         ( HCLK ),
   .reset_n     (HRESETn),
   .start_event ((ovl_gpio_wr) &
                 (IOADDR[11:0]==12'h010) // OUTENSET
                 ),
   .test_expr   (
                  reg_douten == (ovl_reg_douten_d | (ovl_iowdata_d[15:0] & ovl_iop_byte_strobe_d_msk ))
                 )
   );

  // Check register SET command: ALTFUNCSET register
  assert_next
  #(`OVL_ERROR, 1,1,0,
    `OVL_ASSERT,
    "write 1 to SET the register bit"
    )
  u_ovl_iop_gpio_set_reg_altfunc
  (.clk         ( HCLK ),
   .reset_n     (HRESETn),
   .start_event ((ovl_gpio_wr) &
                 (IOADDR[11:0]==12'h018)  // ALTFUNCSET
                 ),
   .test_expr   (
                  reg_altfunc == ((ovl_reg_altfunc_d | (ovl_iowdata_d[15:0] & ovl_iop_byte_strobe_d_msk)) & ALTERNATE_FUNC_MASK)
                 )
   );


  // Check register SET command:  INTENSET register
  assert_next
  #(`OVL_ERROR, 1,1,0,
    `OVL_ASSERT,
    "write 1 to SET the register bit"
    )
  u_ovl_iop_gpio_set_reg_inten
  (.clk         ( HCLK ),
   .reset_n     (HRESETn),
   .start_event ((ovl_gpio_wr) &
                 (IOADDR[11:0]==12'h020)  // INTENSET
                 ),
   .test_expr   (
                  reg_inten == (ovl_reg_inten_d | (ovl_iowdata_d[15:0] & ovl_iop_byte_strobe_d_msk))
                 )
   );

  // Check register SET command:  INTTYPESET register
  assert_next
  #(`OVL_ERROR, 1,1,0,
    `OVL_ASSERT,
    "write 1 to SET the register bit"
    )
  u_ovl_iop_gpio_set_reg_inttype
  (.clk         ( HCLK ),
   .reset_n     (HRESETn),
   .start_event ((ovl_gpio_wr) &
                 (IOADDR[11:0]==12'h028)  // INTTYPESET
                 ),
   .test_expr   (
                  reg_inttype == (ovl_reg_inttype_d | (ovl_iowdata_d[15:0] & ovl_iop_byte_strobe_d_msk))
                 )
   );

  // Check register SET command:  INTPOLSET register
  assert_next
  #(`OVL_ERROR, 1,1,0,
    `OVL_ASSERT,
    "write 1 to SET the register bit"
    )
  u_ovl_iop_gpio_set_reg_intpol
  (.clk         ( HCLK ),
   .reset_n     (HRESETn),
   .start_event ((ovl_gpio_wr) &
                 (IOADDR[11:0]==12'h030)  // INTPOLSET
                 ),
   .test_expr   (
                  reg_intpol == (ovl_reg_intpol_d | (ovl_iowdata_d[15:0] & ovl_iop_byte_strobe_d_msk))
                 )
   );

  // Check register clear command: OUTENCLR register
  assert_next
  #(`OVL_ERROR, 1,1,0,
    `OVL_ASSERT,
    "write 1 to clear the register bit"
    )
  u_ovl_iop_gpio_clear_reg_douten
  (.clk         ( HCLK ),
   .reset_n     (HRESETn),
   .start_event ((ovl_gpio_wr) &
                 (IOADDR[11:0]==12'h014) // OUTENCLR
                 ),
   .test_expr   (
                  reg_douten == (ovl_reg_douten_d & (~ (ovl_iowdata_d[15:0] & ovl_iop_byte_strobe_d_msk)))
                 )
   );

  // Check register clear command: ALTFUNCCLR register
  assert_next
  #(`OVL_ERROR, 1,1,0,
    `OVL_ASSERT,
    "write 1 to clear the register bit"
    )
  u_ovl_iop_gpio_clear_reg_altfunc
  (.clk         ( HCLK ),
   .reset_n     (HRESETn),
   .start_event ((ovl_gpio_wr) &
                 (IOADDR[11:0]==12'h01C)  // ALTFUNCCLR
                 ),
   .test_expr   (
                  reg_altfunc == (ovl_reg_altfunc_d &( ~(ovl_iowdata_d[15:0] & ovl_iop_byte_strobe_d_msk)) & ALTERNATE_FUNC_MASK)
                 )
   );

  // Check register clear command:  INTENCLR register
  assert_next
  #(`OVL_ERROR, 1,1,0,
    `OVL_ASSERT,
    "write 1 to clear the register bit"
    )
  u_ovl_iop_gpio_clear_reg_inten
  (.clk         ( HCLK ),
   .reset_n     (HRESETn),
   .start_event ((ovl_gpio_wr) &
                 (IOADDR[11:0]==12'h024)  // INTENCLR
                 ),
   .test_expr   (
                  reg_inten == (ovl_reg_inten_d & (~(ovl_iowdata_d[15:0]& ovl_iop_byte_strobe_d_msk)))
                 )
   );

  // Check register clear command:  INTTYPECLR register
  assert_next
  #(`OVL_ERROR, 1,1,0,
    `OVL_ASSERT,
    "write 1 to clear the register bit"
    )
  u_ovl_iop_gpio_clear_reg_inttype
  (.clk         ( HCLK ),
   .reset_n     (HRESETn),
   .start_event ((ovl_gpio_wr) &
                 (IOADDR[11:0]==12'h02C)  // INTTYPECLR
                 ),
   .test_expr   (
                  reg_inttype == (ovl_reg_inttype_d & (~(ovl_iowdata_d[15:0]& ovl_iop_byte_strobe_d_msk)))
                 )
   );

  // Check register clear command:  INTPOLCLR register
  assert_next
  #(`OVL_ERROR, 1,1,0,
    `OVL_ASSERT,
    "write 1 to clear the register bit"
    )
  u_ovl_iop_gpio_clear_reg_intpol
  (.clk         ( HCLK ),
   .reset_n     (HRESETn),
   .start_event ((ovl_gpio_wr) &
                 (IOADDR[11:0]==12'h034)  // INTPOLCLR
                 ),
   .test_expr   (
                  reg_intpol == (ovl_reg_intpol_d & (~(ovl_iowdata_d[15:0]& ovl_iop_byte_strobe_d_msk)))
                 )
   );

  // Check register clear command:  INTCLR register
  assert_next
  #(`OVL_ERROR, 1,1,0,
    `OVL_ASSERT,
    "write 1 to clear the register bit"
    )
  u_ovl_iop_gpio_clear_reg_intclr
  (.clk         ( FCLK ),
   .reset_n     (HRESETn),
   .start_event ((ovl_gpio_wr) &
                 (IOADDR[11:0]==12'h038)  // INTCLR
                 ),
   .test_expr   (
                  reg_intstat == ((ovl_reg_intstat_d & (~(ovl_iowdata_fclk_d[15:0]& ovl_reg_intclr_wr_d_msk))) |
                                  ( ovl_new_masked_int_d) )
                 )
   );


//****************************************
// X check
//****************************************

  // Port out should not go to X
  assert_never_unknown
  #(`OVL_ERROR, PortWidth, `OVL_ASSERT,
    "GPIO PORTOUT went X")
   u_ovl_iop_gpio_portout_x (
   .clk(HCLK),
   .reset_n(HRESETn),
   .qualifier(1'b1),
   .test_expr(PORTOUT)
   );

  // Port enable should not go to X
  assert_never_unknown
  #(`OVL_ERROR, PortWidth, `OVL_ASSERT,
    "GPIO port enable went X")
   u_ovl_iop_gpio_porten_x (
   .clk(HCLK),
   .reset_n(HRESETn),
   .qualifier(1'b1),
   .test_expr(PORTEN)
   );

  // Port alt function should not go to X
  assert_never_unknown
  #(`OVL_ERROR, PortWidth, `OVL_ASSERT,
    "GPIO alt function went X")
   u_ovl_iop_gpio_altfunc_x (
   .clk(HCLK),
   .reset_n(HRESETn),
   .qualifier(1'b1),
   .test_expr(PORTFUNC)
   );

  // Interrupt should not go to X
  assert_never_unknown
  #(`OVL_ERROR, PortWidth, `OVL_ASSERT,
    "GPIO INT went X")
   u_ovl_iop_gpio_gpioint_x (
   .clk(HCLK),
   .reset_n(HRESETn),
   .qualifier(1'b1),
   .test_expr(GPIOINT)
   );

  // Interrupt should not go to X
  assert_never_unknown
  #(`OVL_ERROR, 1, `OVL_ASSERT,
    "GPIO COMB INT went X")
   u_ovl_iop_gpio_combint_x (
   .clk(HCLK),
   .reset_n(HRESETn),
   .qualifier(1'b1),
   .test_expr(COMBINT)
   );


`endif

endmodule